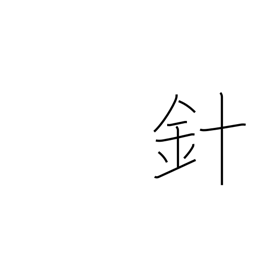
Meaning: stinger